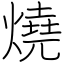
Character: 燒